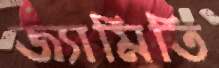
জ্যামিতি